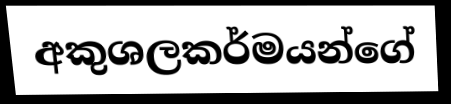
අකුශලකර්මයන්ගේ